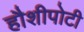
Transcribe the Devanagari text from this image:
हौशीपोटी